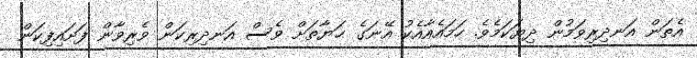
އެތަން އަނދިރިވަމުން ދިޔަކަމެވެ. ހަމައެއާއެކު އޭނަގެ ޙަޔާތަށް ވެސް އަނދިރިކަން ވެރިވާން ފަށައިފިކަން